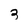
Character: 3